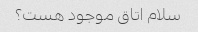
سلام اتاق موجود هست؟